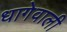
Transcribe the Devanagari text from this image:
धागेवाली